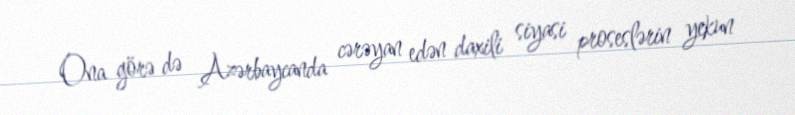
Ona görə də Azərbaycanda cərəyan edən daxili siyasi proseslərin yekun